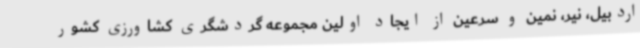
اردبیل، نیر، نمین و سرعین از ایجاد اولین مجموعه گردشگری کشاورزی کشور